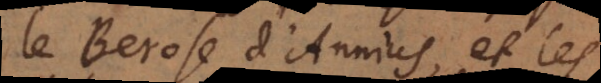
le Berose d’Annius et les